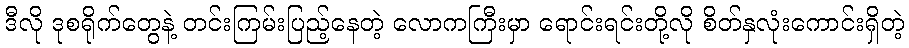
ဒီလို ဒုစရိုက်တွေနဲ့ တင်းကြမ်းပြည့်နေတဲ့ လောကကြီးမှာ ရောင်းရင်းတို့လို စိတ်နှလုံးကောင်းရှိတဲ့